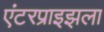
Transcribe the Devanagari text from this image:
एंटरप्राइझला